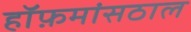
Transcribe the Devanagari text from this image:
हॉफ़मांसठाल